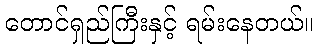
တောင်ရှည်ကြီးနှင့် ရမ်းနေတယ်။